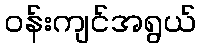
ဝန်းကျင်အရွယ်